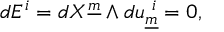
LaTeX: d E ^ { i } = d X ^ { \underline { { { m } } } } \wedge d u _ { \underline { { { m } } } } ^ { ~ i } = 0 , \qquad